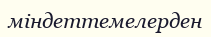
міндеттемелерден